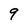
Character: 9